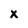
Character: X